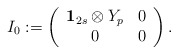
\begin{align*}I_0:=\left(\begin{array}{cc}{\bf 1}_{2s}\otimes Y_p & 0\\0 & 0\end{array}\right).\end{align*}